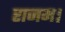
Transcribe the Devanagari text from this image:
राजम।